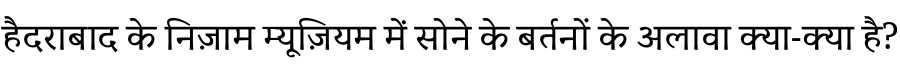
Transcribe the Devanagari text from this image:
हैदराबाद के निज़ाम म्यूज़ियम में सोने के बर्तनों के अलावा क्या-क्या है?